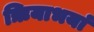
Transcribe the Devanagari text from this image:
ऋियाभयां